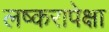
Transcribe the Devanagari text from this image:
लष्करापेक्षा